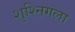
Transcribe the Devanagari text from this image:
शुश्निगला